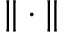
{ \| \cdot \| }